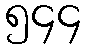
၅၄၄